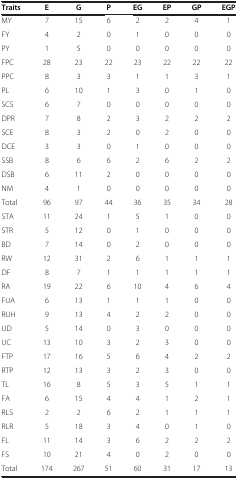
| Traits | E | G | P | EG | EP | GP | EGP |
 | --- | --- | --- | --- | --- | --- | --- | --- |
 | MY | 7 | 15 | 6 | 2 | 2 | 4 | 1 |
 | FY | 4 | 2 | 0 | 1 | 0 | 0 | 0 |
 | PY | 1 | 5 | 0 | 0 | 0 | 0 | 0 |
 | FPC | 28 | 23 | 22 | 23 | 22 | 22 | 22 |
 | PPC | 8 | 3 | 3 | 1 | 1 | 3 | 1 |
 | PL | 6 | 10 | 1 | 3 | 0 | 1 | 0 |
 | SCS | 6 | 7 | 0 | 0 | 0 | 0 | 0 |
 | DPR | 7 | 8 | 2 | 3 | 2 | 2 | 2 |
 | SCE | 8 | 3 | 2 | 0 | 2 | 0 | 0 |
 | DCE | 3 | 3 | 0 | 1 | 0 | 0 | 0 |
 | SSB | 8 | 6 | 6 | 2 | 6 | 2 | 2 |
 | DSB | 6 | 11 | 2 | 0 | 0 | 0 | 0 |
 | NM | 4 | 1 | 0 | 0 | 0 | 0 | 0 |
 | Total | 96 | 97 | 44 | 36 | 35 | 34 | 28 |
 | STA | 11 | 24 | 1 | 5 | 1 | 0 | 0 |
 | STR | 5 | 12 | 0 | 1 | 0 | 0 | 0 |
 | BD | 7 | 14 | 0 | 2 | 0 | 0 | 0 |
 | RW | 12 | 31 | 2 | 6 | 1 | 1 | 1 |
 | DF | 8 | 7 | 1 | 1 | 1 | 1 | 1 |
 | RA | 19 | 22 | 6 | 10 | 4 | 6 | 4 |
 | FUA | 6 | 13 | 1 | 1 | 1 | 0 | 0 |
 | RUH | 9 | 13 | 4 | 2 | 2 | 0 | 0 |
 | UD | 5 | 14 | 0 | 3 | 0 | 0 | 0 |
 | UC | 13 | 10 | 3 | 2 | 3 | 0 | 0 |
 | FTP | 17 | 16 | 5 | 6 | 4 | 2 | 2 |
 | RTP | 12 | 13 | 3 | 2 | 3 | 0 | 0 |
 | TL | 16 | 8 | 5 | 3 | 5 | 1 | 1 |
 | FA | 6 | 15 | 4 | 4 | 1 | 2 | 1 |
 | RLS | 2 | 2 | 6 | 2 | 1 | 1 | 1 |
 | RLR | 5 | 18 | 3 | 4 | 0 | 1 | 0 |
 | FL | 11 | 14 | 3 | 6 | 2 | 2 | 2 |
 | FS | 10 | 21 | 4 | 0 | 2 | 0 | 0 |
 | Total | 174 | 267 | 51 | 60 | 31 | 17 | 13 |